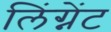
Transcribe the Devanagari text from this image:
लिंग्नेंट